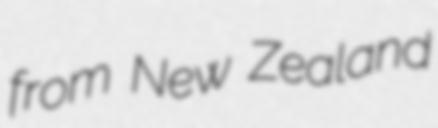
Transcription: from New Zealand